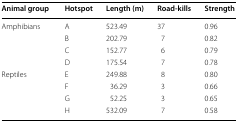
<table><thead><tr><td><b>Animal group</b></td><td><b>Hotspot</b></td><td><b>Length (m)</b></td><td><b>Road-kills</b></td><td><b>Strength</b></td></tr></thead><tbody><tr><td rowspan="4">Amphibians</td><td>A</td><td>523.49</td><td>37</td><td>0.96</td></tr><tr><td>B</td><td>202.79</td><td>7</td><td>0.82</td></tr><tr><td>C</td><td>152.77</td><td>6</td><td>0.79</td></tr><tr><td>D</td><td>175.54</td><td>7</td><td>0.78</td></tr><tr><td rowspan="4">Reptiles</td><td>E</td><td>249.88</td><td>8</td><td>0.80</td></tr><tr><td>F</td><td>36.29</td><td>3</td><td>0.66</td></tr><tr><td>G</td><td>52.25</td><td>3</td><td>0.65</td></tr><tr><td>H</td><td>532.09</td><td>7</td><td>0.58</td></tr></tbody></table>